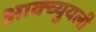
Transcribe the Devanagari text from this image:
आक्च्युयली